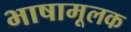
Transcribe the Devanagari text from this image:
भाषामूलक